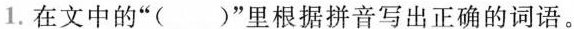
1.在文中的”()”里根据拼音写出正确的词语。